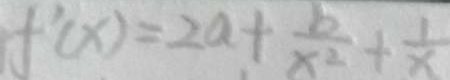
f ^ { \prime } ( x ) = 2 a + \frac { b } { x ^ { 2 } } + \frac { 1 } { x }